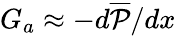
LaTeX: G_{a}\approx-d\overline{{\mathcal{P}}}/dx